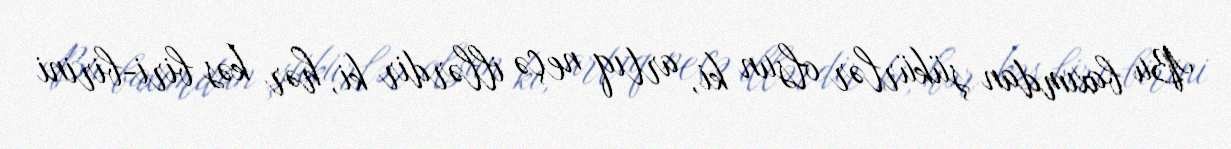
Bu baxımdan şükürlər olsun ki, artıq neçə illərdir ki, hər kəs biri-birini